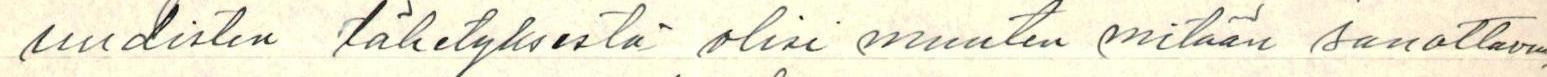
uudisten lähetyksestä olisi muuten mitään sanottavaa